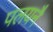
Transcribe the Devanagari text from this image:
पलयनै